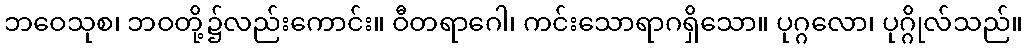
ဘဝေသုစ၊ ဘဝတို့၌လည်းကောင်း။ ဝီတရာဂေါ၊ ကင်းသောရာဂရှိသော။ ပုဂ္ဂလော၊ ပုဂ္ဂိုလ်သည်။